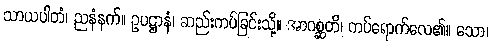
သာယပါတံ၊ ညနံနက်။ ဥပဋ္ဌာနံ၊ ဆည်းကပ်ခြင်းသို့။ အာဂစ္ဆတိ၊ ကပ်ရောက်လေ၏။ သော၊